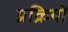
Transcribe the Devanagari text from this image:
प्रक्रियों